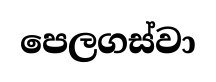
පෙලගස්වා